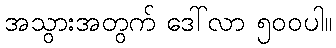
အသွားအတွက် ဒေါ်လာ ၅၀၀ပါ။